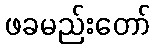
ဖခမည်းတော်